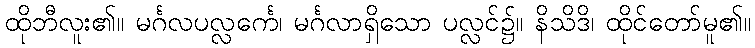
ထိုဘီလူး၏။ မင်္ဂလပလ္လင်္ကေ၊ မင်္ဂလာရှိသော ပလ္လင်၌။ နိသိဒိ၊ ထိုင်တော်မူ၏။